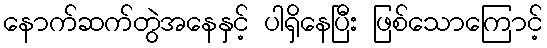
နောက်ဆက်တွဲအနေနှင့် ပါရှိနေပြီး ဖြစ်သောကြောင့်